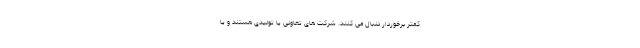
کمتر برخوردار دنبال می کنند. شرکت های تعاونی یا تولیدی هستند و یا